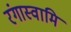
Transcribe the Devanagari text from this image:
रंगास्वामि